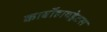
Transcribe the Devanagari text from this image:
कार्बोहायड्रेटस